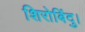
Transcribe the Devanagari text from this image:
शिरोबिंदु।